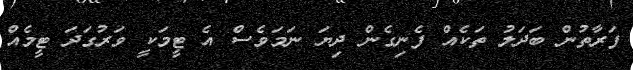
ފަރާތުން ބަދަލު ތަކެއް ފެނިގެން ދިޔަ ނަމަވެސް އެ ޓީމަކީ ވަރުގަދަ ޓީމެއް